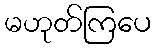
မဟုတ်ကြပေ